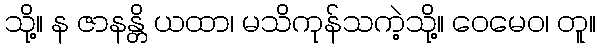
သို့။ န ဇာနန္တိ ယထာ၊ မသိကုန်သကဲ့သို့။ ဝေမေဝ၊ တူ။